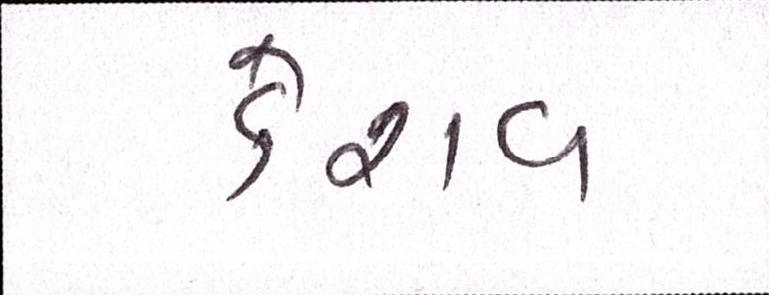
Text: કેશવ